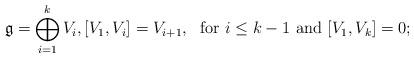
LaTeX: \begin{align*}\mathfrak{g} = \bigoplus_{i = 1}^k V_i , [V_1, V_i] = V_{i + 1}, \ \mbox{ for $i \leq k - 1$ and $[V_1, V_k]=0$;}\end{align*}